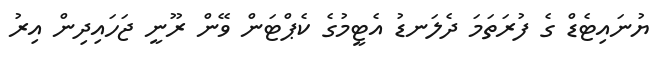
ޔުނައިޓެޑް ގެ ފުރަތަމަ ދެލަނޑު އެޓީމުގެ ކެޕްޓަން ވޭން ރޫނީ ޖަހައިދިން އިރު